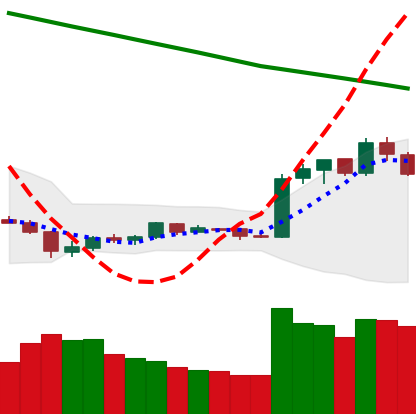
Ticker: EOS-USD
Chart end date: 2019-02-14
Forward return: 29.633%
Label: up_7plus